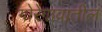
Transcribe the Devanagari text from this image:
गोरेगावातील